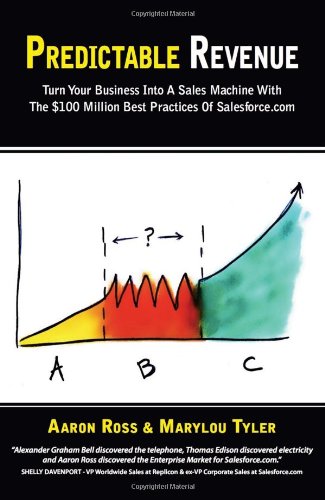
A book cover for Predictable Revenue: Turn Your Business Into a Sales Machine with the $100 Million Best Practices of Salesforce.com; Aaron Ross; Business & Money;